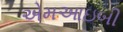
એમઆઇબી